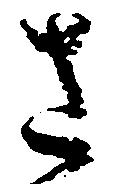
さ